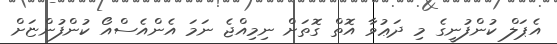
އެޕަލް ކުންފުނީގެ މި ދަޢުވާ އޮތް ގޮތަށް ނިމިއްޖެ ނަމަ އެންއެސްއޯ ކުންފުންޏަށް